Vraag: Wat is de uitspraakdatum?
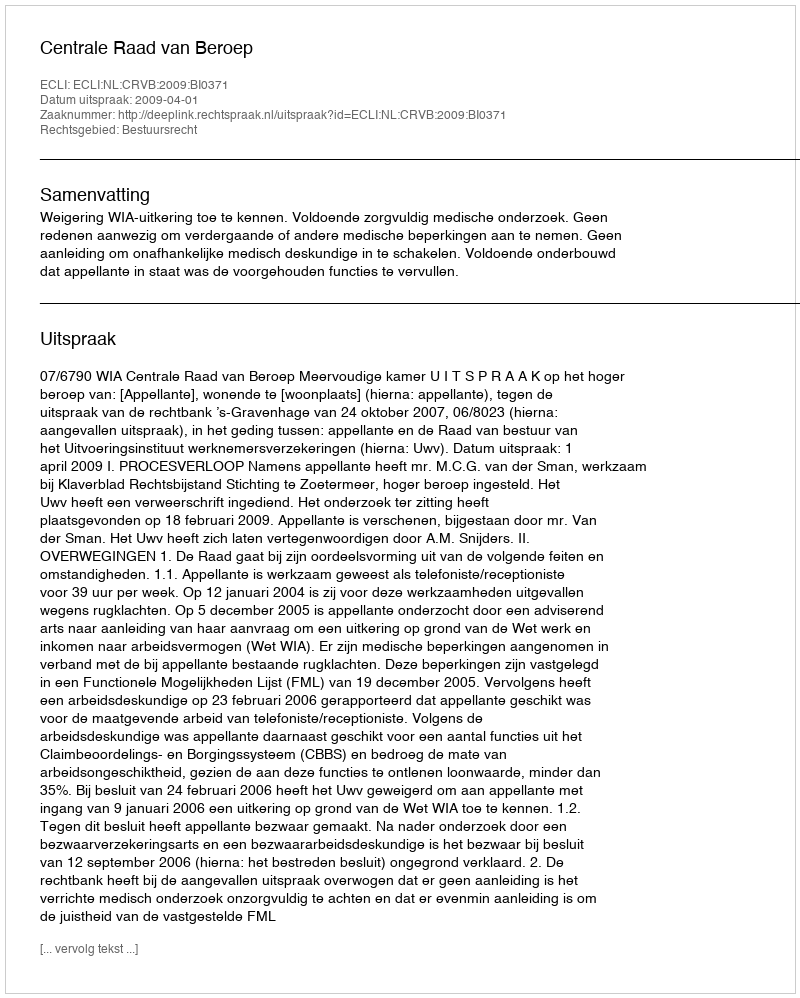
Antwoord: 2009-04-01